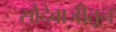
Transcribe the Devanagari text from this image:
सौदेबाजीतून